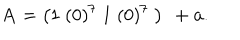
{ \bf A } = \left( 1 \; ( 0 ) ^ { 7 } \; 1 \; ( 0 ) ^ { 7 } \; \right) \ + { \bf a } .